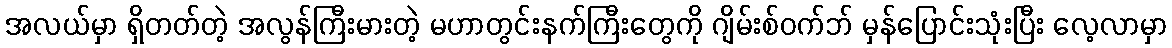
အလယ်မှာ ရှိတတ်တဲ့ အလွန်ကြီးမားတဲ့ မဟာတွင်းနက်ကြီးတွေကို ဂျိမ်းစ်ဝက်ဘ် မှန်ပြောင်းသုံးပြီး လေ့လာမှာ